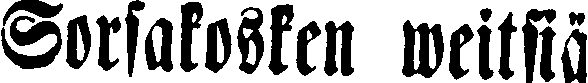
Sorsakosken weitsiä